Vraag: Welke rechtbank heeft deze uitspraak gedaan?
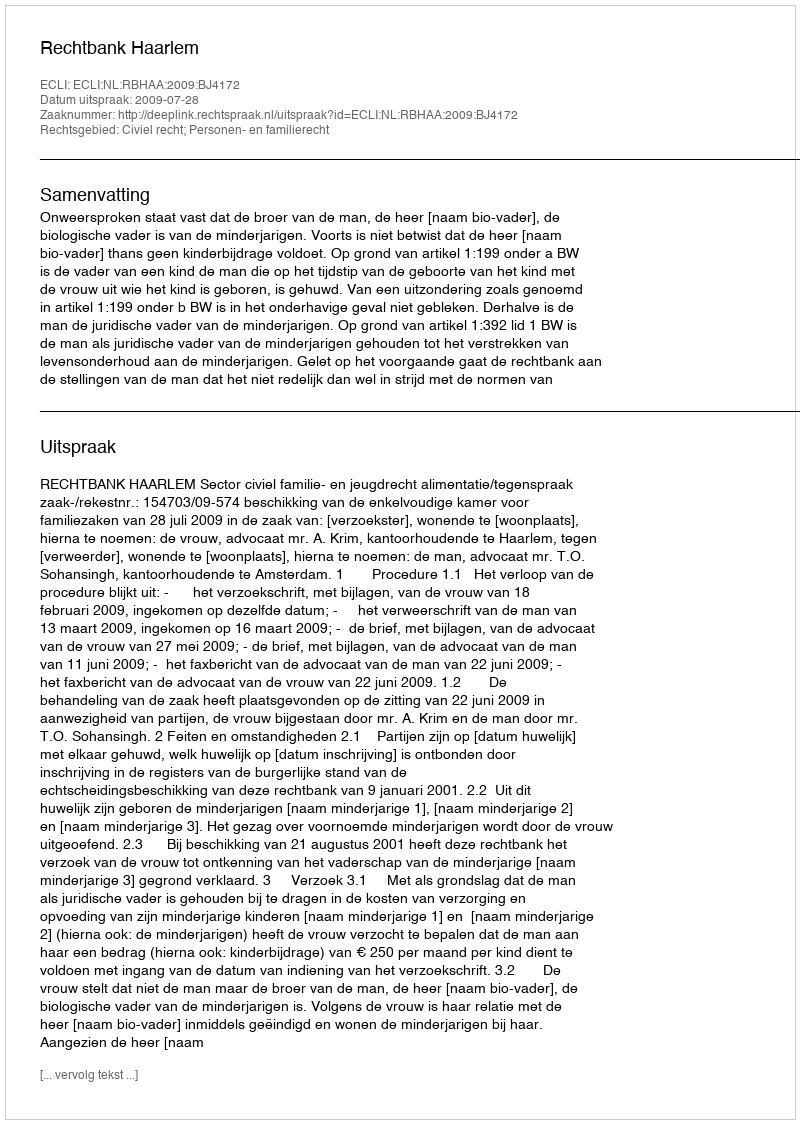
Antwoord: Rechtbank Haarlem